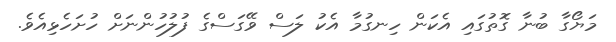
މަޔޯގާ ބުނާ ގޮތުގައި އެކަން ހިނގުމާ އެކު ލަސް ވޭގަސްގެ ފުލުހުންނަށް ހުށަހެޅިއެވެ.